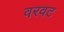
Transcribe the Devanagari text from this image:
वरवट